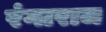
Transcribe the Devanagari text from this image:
रंगाराज